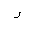
Letter: _ra